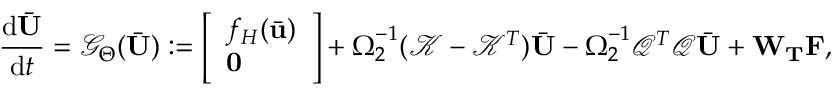
\frac { \mathrm { d } \bar { \mathbf { U } } } { \mathrm { d } t } = \mathcal { G } _ { \boldsymbol { \Theta } } ( \bar { \mathbf { U } } ) : = \left[ \begin{array} { l } { f _ { H } ( \bar { \mathbf { u } } ) } \\ { \mathbf { 0 } } \end{array} \right] + \boldsymbol { \Omega } _ { 2 } ^ { - 1 } ( \mathcal { K } - \mathcal { K } ^ { T } ) \bar { \mathbf { U } } - \boldsymbol { \Omega } _ { 2 } ^ { - 1 } \mathcal { Q } ^ { T } \mathcal { Q } \bar { \mathbf { U } } + \mathbf { W } _ { \mathbf { T } } \mathbf { F } ,